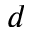
d